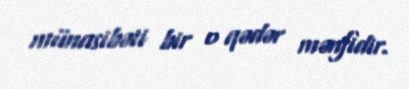
münasibəti bir o qədər mənfidir.